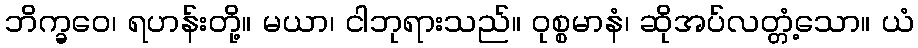
ဘိက္ခဝေ၊ ရဟန်းတို့။ မယာ၊ ငါဘုရားသည်။ ဝုစ္စမာနံ၊ ဆိုအပ်လတ္တံ့သော။ ယံ